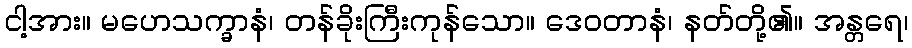
ငါ့အား။ မဟေသက္ခာနံ၊ တန်ခိုးကြီးကုန်သော။ ဒေဝတာနံ၊ နတ်တို့၏။ အန္တရေ၊